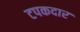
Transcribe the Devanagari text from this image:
टपकदार